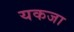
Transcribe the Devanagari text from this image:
यकजा